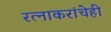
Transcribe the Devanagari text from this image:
रत्‍नाकरांचेही